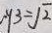
y _ { 3 } = \sqrt { 2 }